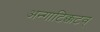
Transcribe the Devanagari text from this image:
अन्गाटिक्कटव्